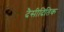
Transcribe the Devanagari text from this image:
दैसीदितिक